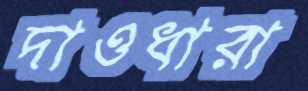
দাওধারা